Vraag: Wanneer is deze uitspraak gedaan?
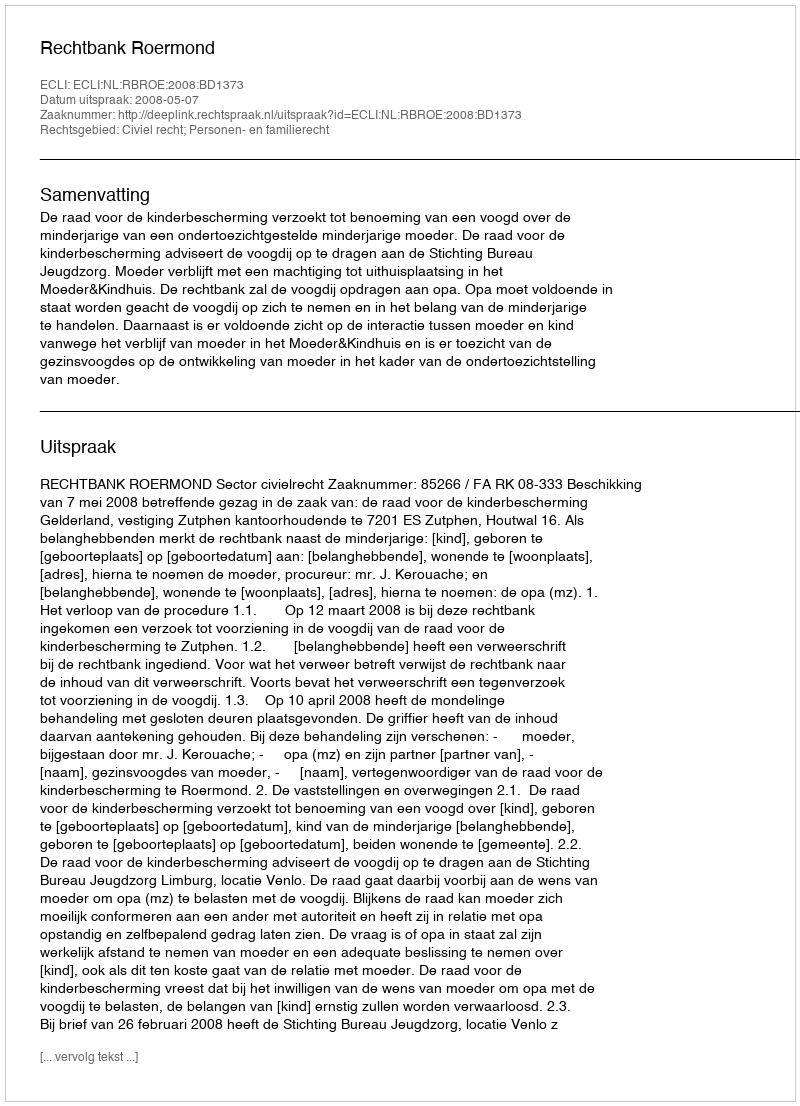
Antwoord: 2008-05-07